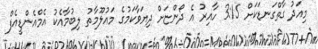
މިއަދު ގާތްގަނޑަކަށް 3:15 ހާއިރު އެ ދޯންޏަށް ދިޔަވާކަމުގެ މައުލޫމާތު ލިބުމާއެކު އެމްއެންޑީއެފް